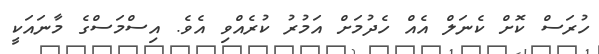
ހުރަސް ކޮށް ކެނަލް އެއް ހެދުމަށް އަމުރު ކުރެއްވި އެވެ. އިސްމަސްގެ މާނައަކީ